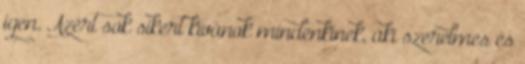
igen. Azért sok sikert kívánok mindenkinek, aki szerelmes és